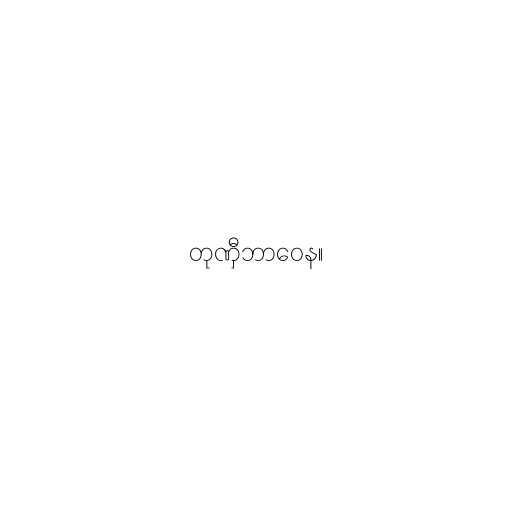
တုဏှီဘာဝေန။